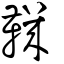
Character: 鞿